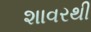
શાવરથી